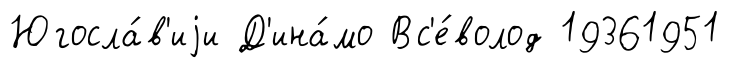
Югосла́в'иjи Д'ина́мо Вс'е́волод 19361951